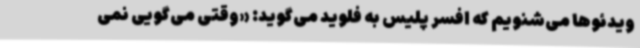
ویدئوها می‌شنویم که افسر پلیس به فلوید می‌گوید: «وقتی می‌گویی نمی